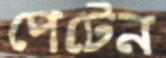
পেটেন